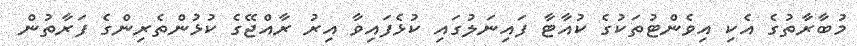
މުބާރާތުގެ އެކި އިވެންޓުތަކުގެ ކުއާޓާ ފައިނަލުގައި ކުޅެފައިވާ އިރު ރާއްޖޭގެ ކުޅުންތެރިންގެ ފަރާތުން